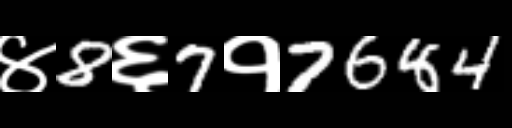
Text: ४8६7१7684